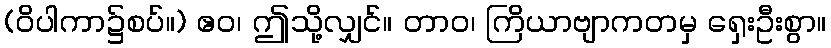
(ဝိပါကာ၌စပ်။) ဧဝ၊ ဤသို့လျှင်။ တာဝ၊ ကြိယာဗျာကတမှ ရှေးဦးစွာ။